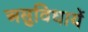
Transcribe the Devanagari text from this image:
असुविधायें